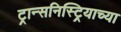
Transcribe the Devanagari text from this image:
ट्रान्सनिस्ट्रियाच्या